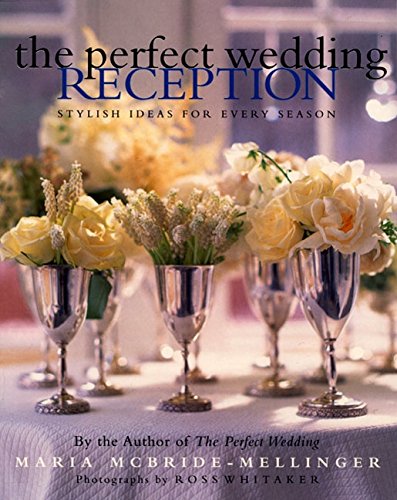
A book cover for The Perfect Wedding Reception: Stylish Ideas For Every Season; Maria McBride-Mellinger; Crafts, Hobbies & Home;